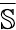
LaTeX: \overline{{\mathbb{S}}}